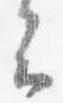
云